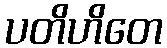
ပတိဟိတေ